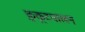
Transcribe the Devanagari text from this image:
कुकूटपालन